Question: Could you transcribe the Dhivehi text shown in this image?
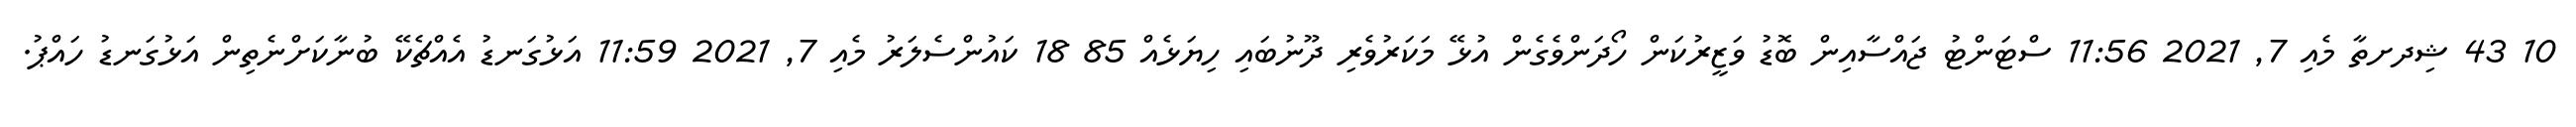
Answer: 10 43 ޝިދށތާ މެއި 7, 2021 11:56 ސްޓަންޓު ޖައްސާއިން ބޮޑު ވަޒީރުކަން ހޯދަންވެގެން އުޅޭ މަކަރުވެރި ދޫނުބައި ހިޔަޅެއް 85 18 ކައުންސެލަރު މެއި 7, 2021 11:59 އަޅުގަނޑު އެއްޗެކޭ ބުނާކަށްނެތިން އަޅުގަނޑު ހައްޕު.